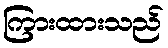
ကြားထားသည်